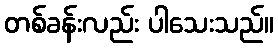
တစ်ခန်းလည်း ပါသေးသည်။